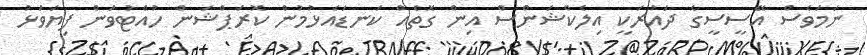
ނަމަވެސް އޭސީސީގެ ދައުރަކީ އިލެކްޝަންސް އިން ގޮތެއް ކަނޑައެޅުމުން ކޮރަޕްޝަން ހުއްޓުވަން ފިޔަވަޅު